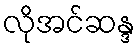
လိုအင်ဆန္ဒ